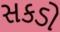
સકડો